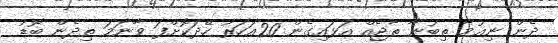
ދެން ނިޢުމާ ތިބުނާ ތާޖެއް އަޅައިގެން 20އަހަރު ހޭދަކޮށްފަ ވާނަމަ ތިދެން ބޮޑު